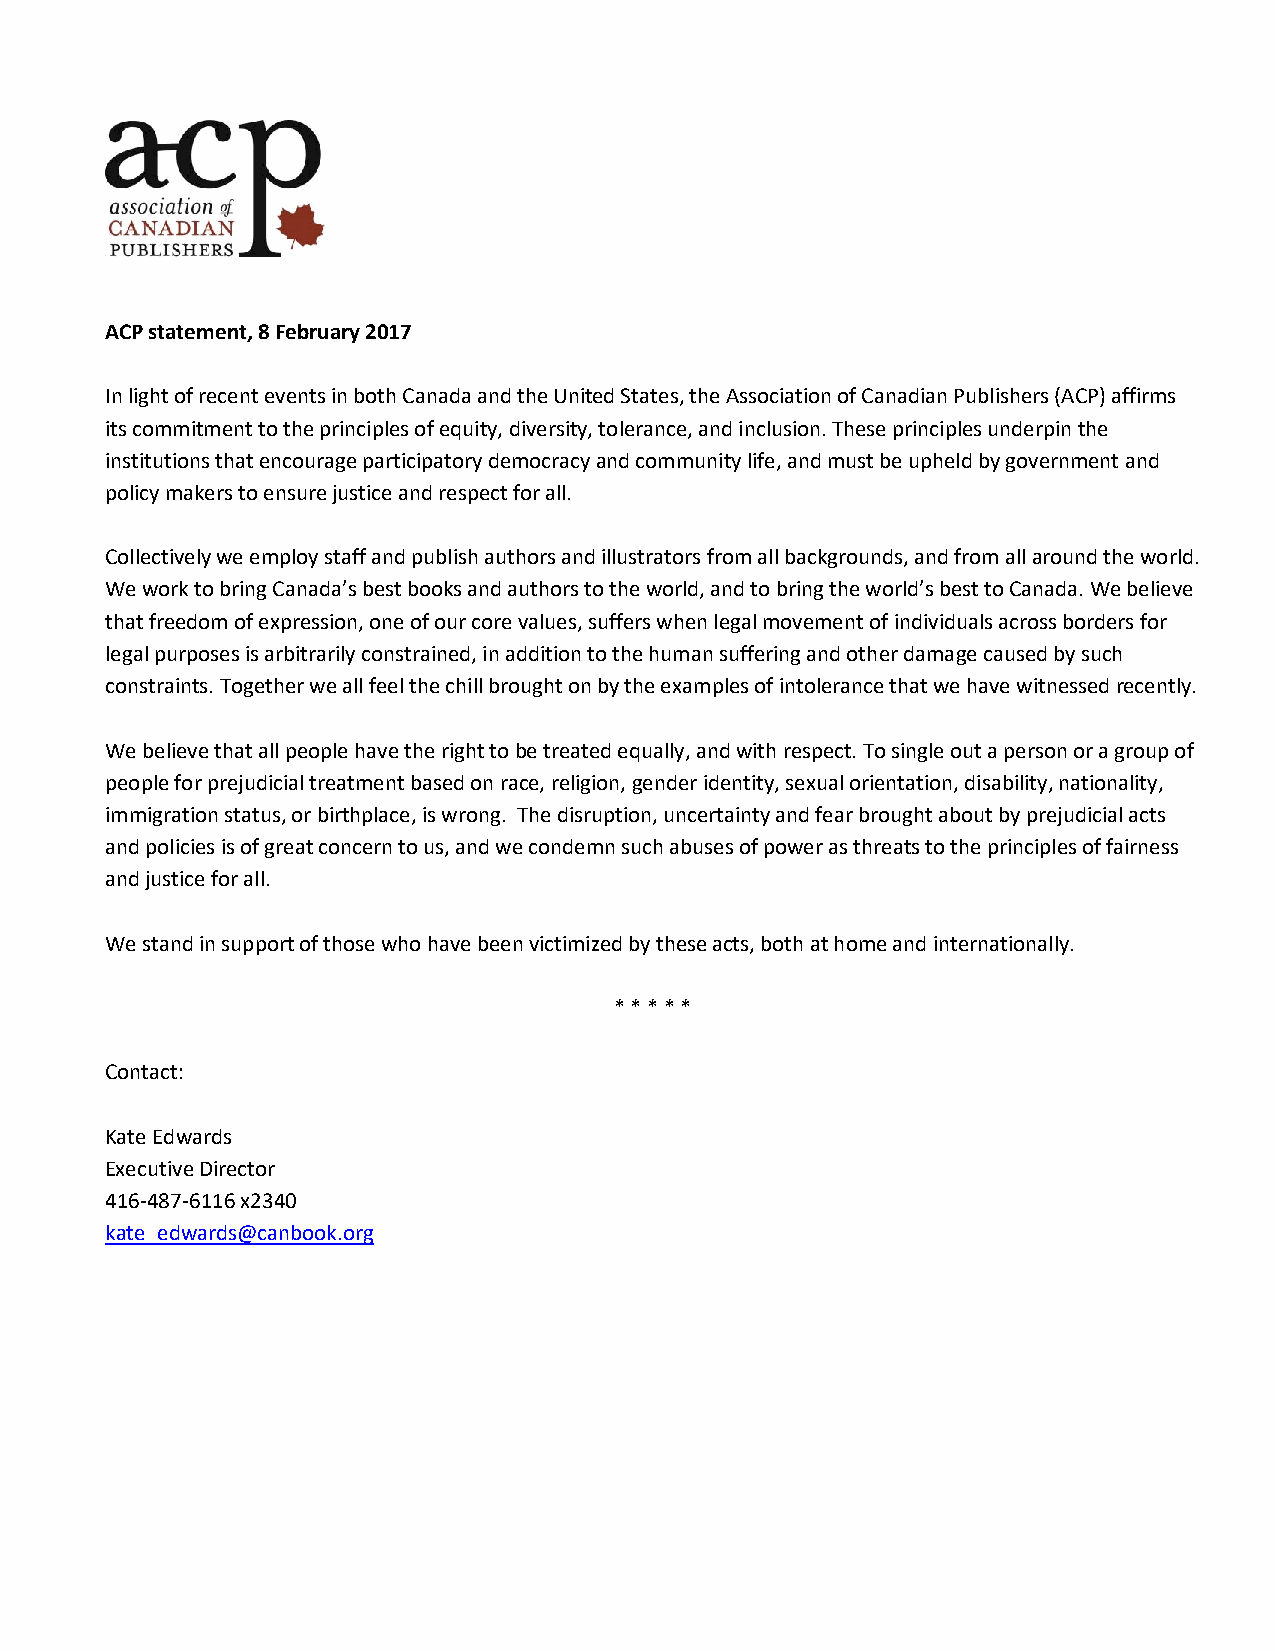
ACP statement, 8 February 2017
 In light of recent events in both Canada and the United States, the Association of Canadian Publishers (ACP) affirms
 its commitment to the principles of equity, diversity, tolerance, and inclusion. These principles underpin the
 institutions that encourage participatory democracy and community life, and must be upheld by government and
 policy makers to ensure justice and respect for all.
 Collectively we employ staff and publish authors and illustrators from all backgrounds, and from all around the world.
 We work to bring Canada’s best books and authors to the world, and to bring the world’s best to Canada. We believe
 that freedom of expression, one of our core values, suffers when legal movement of individuals across borders for
 legal purposes is arbitrarily constrained, in addition to the human suffering and other damage caused by such
 constraints. Together we all feel the chill brought on by the examples of intolerance that we have witnessed recently.
 We believe that all people have the right to be treated equally, and with respect. To single out a person or a group of
 people for prejudicial treatment based on race, religion, gender identity, sexual orientation, disability, nationality,
 immigration status, or birthplace, is wrong. The disruption, uncertainty and fear brought about by prejudicial acts
 and policies is of great concern to us, and we condemn such abuses of power as threats to the principles of fairness
 and justice for all.
 We stand in support of those who have been victimized by these acts, both at home and internationally.
 * * * * *
 Contact:
 Kate Edwards
 Executive Director
 416-487-6116 x2340
 kate_edwards@canbook.org